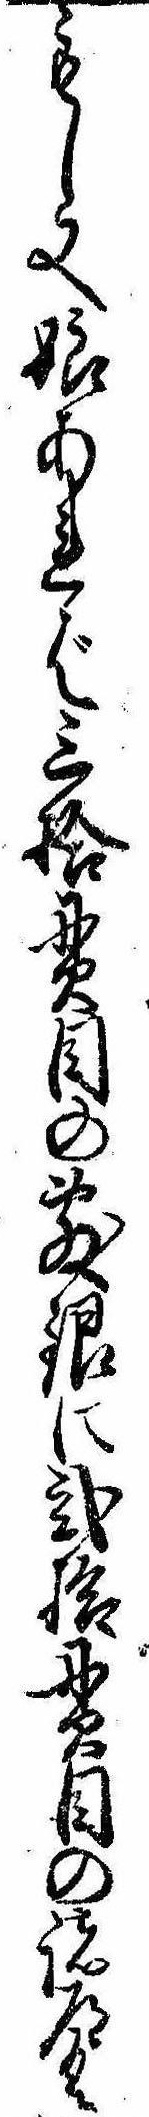
もし又娘あれば三拾貫目の敷銀に弐拾貫目の諸道具